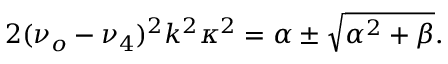
2 ( \nu _ { o } - \nu _ { 4 } ) ^ { 2 } k ^ { 2 } \kappa ^ { 2 } = \alpha \pm \sqrt { \alpha ^ { 2 } + \beta } .